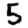
Digit: 5